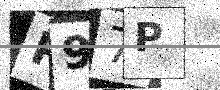
Text: P97P